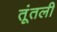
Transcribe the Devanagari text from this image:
तूंतली